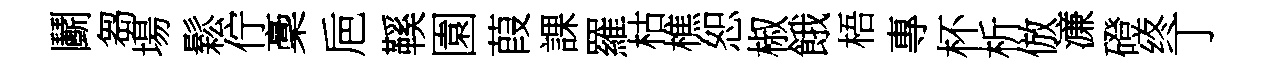
鬬芻場鬆佇稾巵鞵園葭課羅枯樵恕椒餓梧專杯析倣濓磴终丁